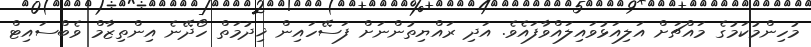
މުހިންމުކަމުގެ މައްޗަށް އަލިއަޅުވައިލައްވާފައެވެ. އަދި ރައްޔިތުންނަށް ފަސޭހައިން ޚިދުމަތް ހޯދޭނެ އިންތިޒާމް ވެބްސައިޓް